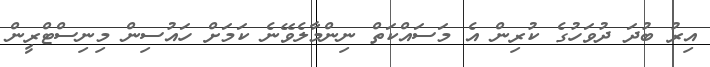
އިރު ބުދަ ދުވަހުގެ ކުރިން އެ މަސައްކަތް ނިންމާލެވޭނެ ކަމަށް ހައުސިން މިނިސްޓްރީން